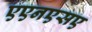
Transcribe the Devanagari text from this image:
एएनएसए